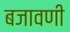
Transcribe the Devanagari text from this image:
बजावणी